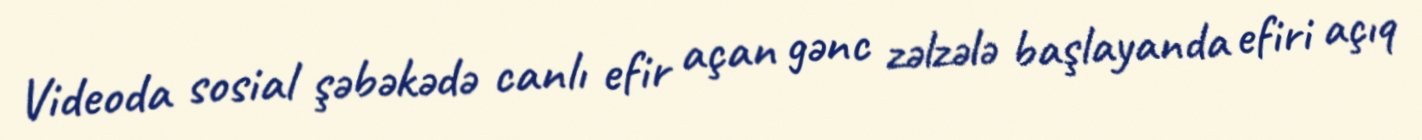
Videoda sosial şəbəkədə canlı efir açan gənc zəlzələ başlayanda efiri açıq